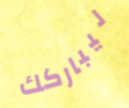
ليباركك